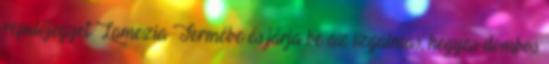
repülőjegyet Lamezia Termébe és járja be az izgalmas, hegyes-dombos